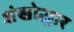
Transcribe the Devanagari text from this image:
शंखोद्धार